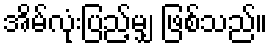
အိမ်လုံးပြည့်မျှ ဖြစ်သည်။